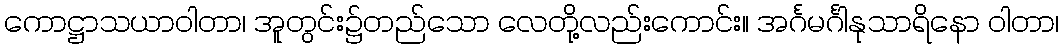
ကောဋ္ဌာသယာဝါတာ၊ အူတွင်း၌တည်သော လေတို့လည်းကောင်း။ အင်္ဂမင်္ဂါနုသာရိနော ဝါတာ၊